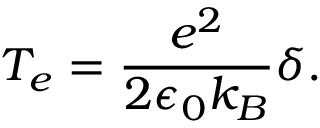
T _ { e } = \frac { e ^ { 2 } } { 2 \epsilon _ { 0 } k _ { B } } \delta .